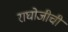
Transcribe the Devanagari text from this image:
राघोजीची